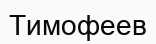
Тимофеев